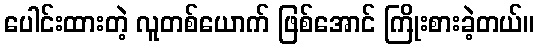
ပေါင်းထားတဲ့ လူတစ်ယောက် ဖြစ်အောင် ကြိုးစားခဲ့တယ်။